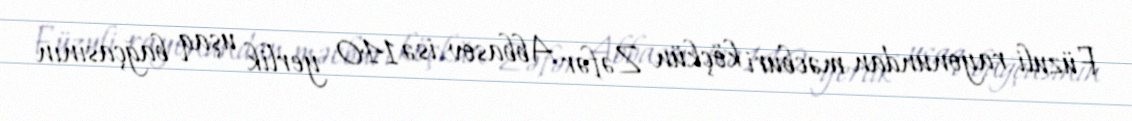
Füzuli rayonundan məcburi köçkün Zəfər Abbasov isə 140 yerlik uşaq bağçasının